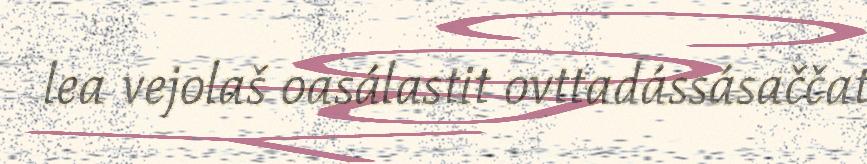
lea vejolaš oasálastit ovttadássásaččat